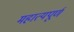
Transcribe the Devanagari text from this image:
महात्यपूर्ण